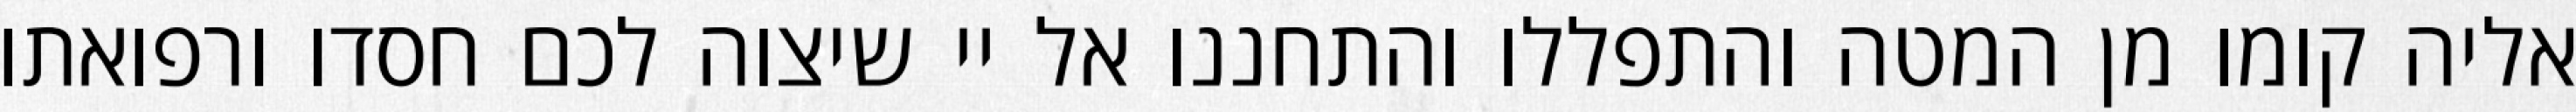
אליה קומו מן המטה והתפללו והתחננו אל יי שיצוה לכם חסדו ורפואתו